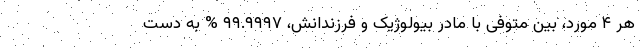
هر ۴ مورد، بین متوفی با مادر بیولوژیک و فرزندانش، ۹۹.۹۹۹۷ % به دست